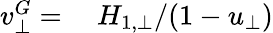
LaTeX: \begin{array}{rl}{v_{\bot}^{G}=}&{{}\ H_{1,\bot}/(1-u_{\bot})}\end{array}